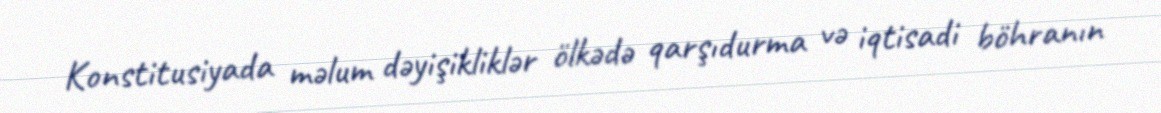
Konstitusiyada məlum dəyişikliklər ölkədə qarşıdurma və iqtisadi böhranın